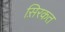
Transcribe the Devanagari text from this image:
स़िरकत